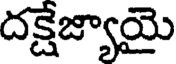
దక్షేజ్యాయై